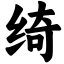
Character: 绮